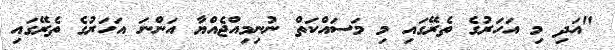
"އަދި މި އަހަރުގެ ތެރޭގައި މި މަސައްކަތް ނުނިމިއްޖެއްޔާ އަންނަ އަހަރުގެ ތެރޭގައި